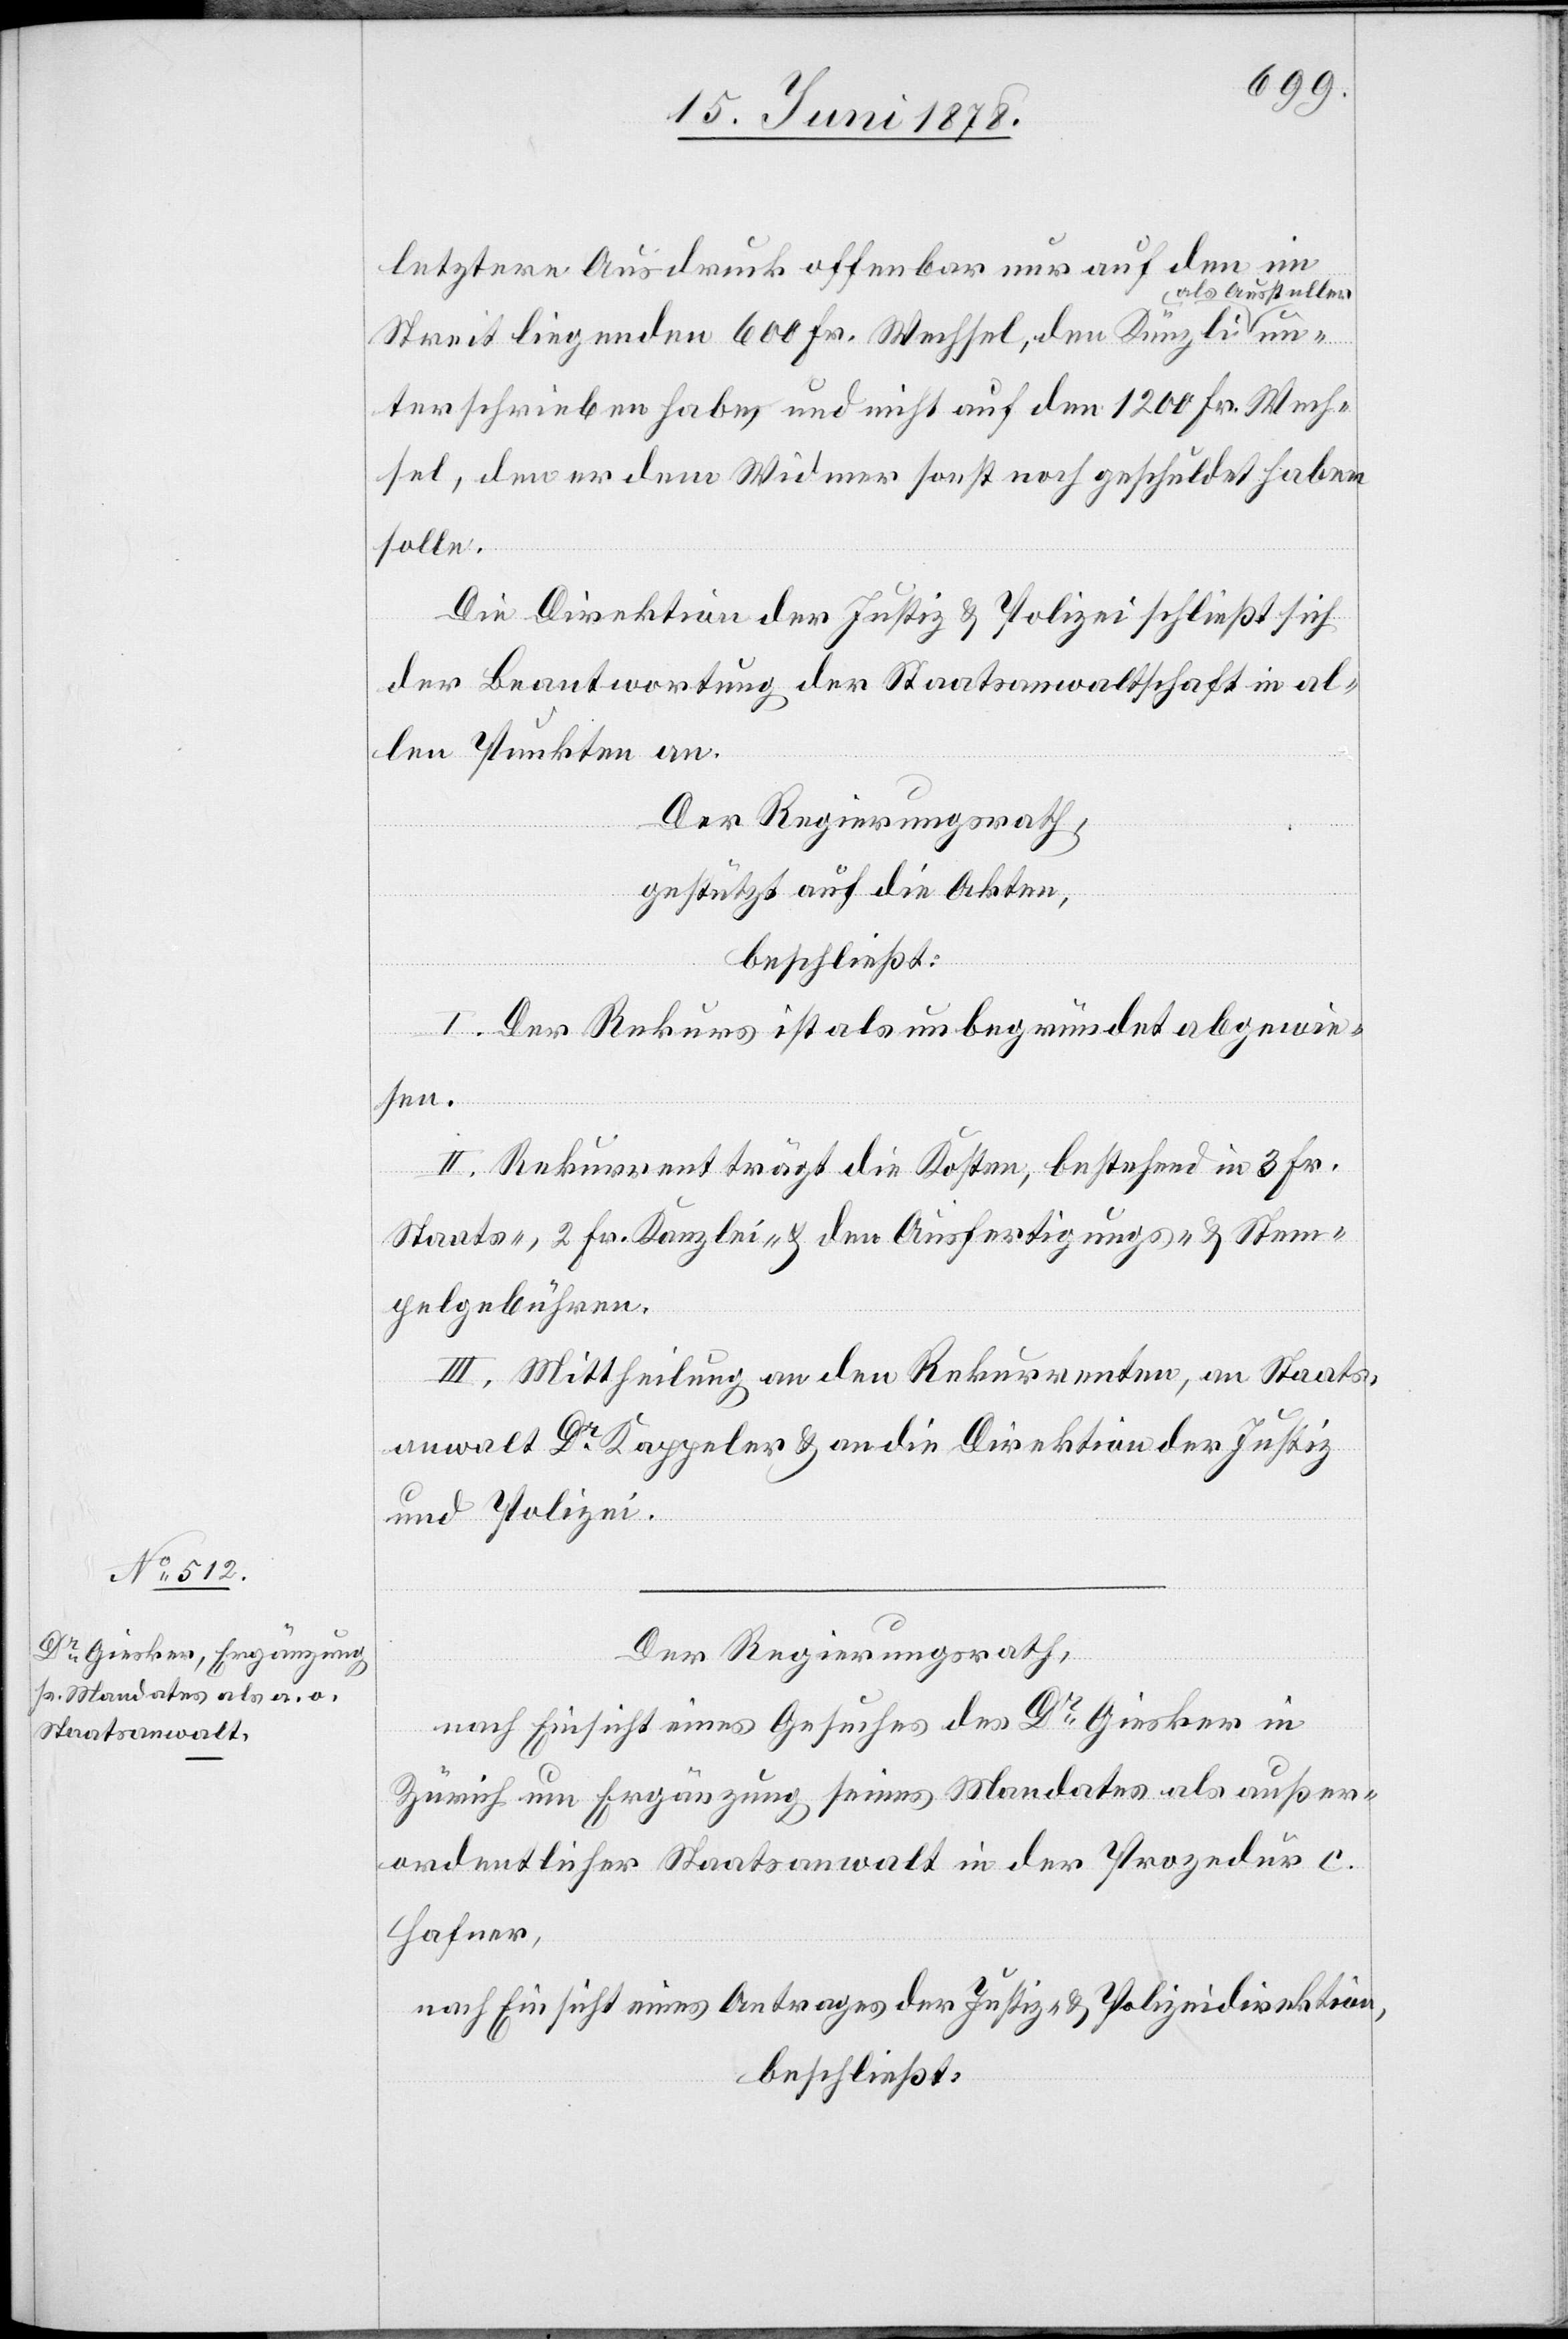
letztere Ausdruck offenbar nur auf den im
als Aussteller
Streit liegenden 600 Fr. Wechsel, den Künzli
terschrieben habe, und nicht auf den 1200 Fr. Wech¬
sel, den er dem Widmer sonst noch geschuldet haben
solle.
Die Direktion der Justiz & Polizei schließt sich
der Beantwortung der Staatsanwaltschaft in al¬
len Punkten an.
Der Regierungsrath,
gestützt auf die Akten,
beschließt:
I. Der Rekurs ist als unbegründet abgewie¬
sen.
II. Rekurrent trägt die Kosten, bestehend in 3 Fr.
Staats-, 2 Fr. Kanzlei- & den Ausfertigungs- & Stem¬
pelgebühren.
III. Mittheilung an den Rekurrenten, an Staats¬
anwalt Dr Kappeler & an die Direktion der Justiz
und Polizei.
Der Regierungsrath,
nach Einsicht eines Gesuches des Dr Giesker in
Zürich um Ergänzung seines Mandates als außer¬
ordentlicher Staatsanwalt in der Prozedur c.
Hafner,
nach Einsicht eines Antrages der Justiz- & Polizeidirektion,
beschließt: